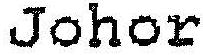
JOHOR